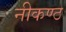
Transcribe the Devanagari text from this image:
नीकण्ठ